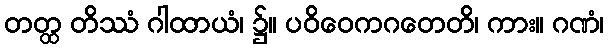
တတ္ထ တိဿံ ဂါထာယံ၊ ၌။ ပဝိဝေကဂတေတိ၊ ကား။ ဂဏံ၊